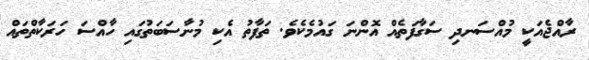
ރާއްޖެއަކީ މުއްސަނދި ސަގާފަތެއް އޮންނަ ގައުމެކެވެ. ތަފާތު އެކި މުނާސަބަތުގައި ހާއްސަ ހަރަކާތްތައް